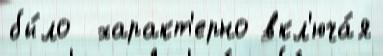
бы́ло  характ'ерно вкл'юча́я